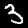
Label: 3